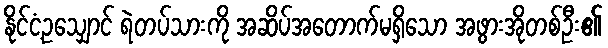
နိုင်ငံ့ဥသျှောင် ရဲတပ်သားကို အဆိပ်အတောက်မရှိသော အဖွားအိုတစ်ဦး၏